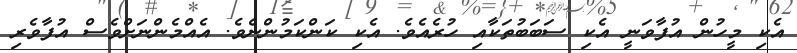
އެކި މީހުން އުފާވަނީ އެކި ސަބަބުތަކާއި ހުރެއެވެ. އެކި ކަންކަމުންނެވެ. އެއްމެންނަށްވެސް އުފާވެރި